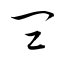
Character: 皿